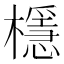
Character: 檼